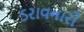
ડરાવનારી